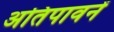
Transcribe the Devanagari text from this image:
अतिपावनें